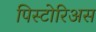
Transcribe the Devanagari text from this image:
पिस्टोरिअस